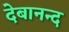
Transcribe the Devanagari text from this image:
देबानन्द